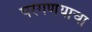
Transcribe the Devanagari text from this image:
परगणयाचा